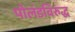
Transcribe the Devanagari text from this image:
पोलंडविरुद्ध